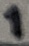
Text: 1